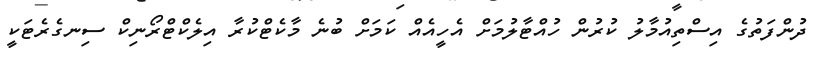
ދުންފަތުގެ އިސްތިއުމާލު ކުރުން ހުއްޓާލުމަށް އެހީއެއް ކަމަށް ބުނެ މާކެޓްކުރާ އިލެކްޓްރޯނިކް ސިނގެރެޓަކީ